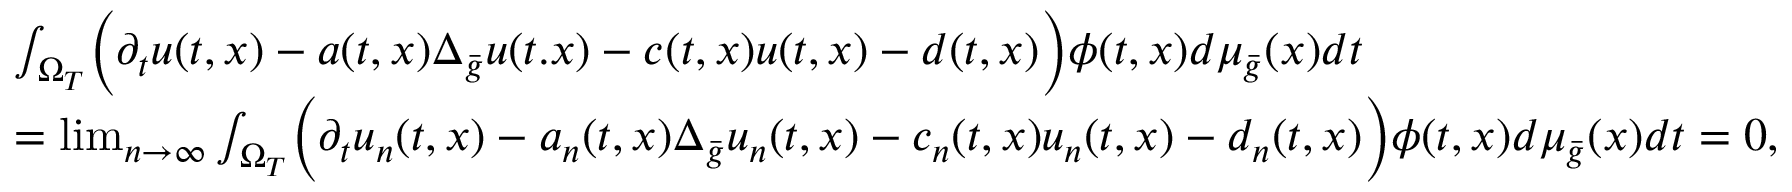
\begin{array} { r l } & { \int _ { \Omega _ { T } } \Bigl ( \partial _ { t } u ( t , x ) - a ( t , x ) \Delta _ { \bar { g } } u ( t . x ) - c ( t , x ) u ( t , x ) - d ( t , x ) \Bigr ) \phi ( t , x ) d \mu _ { \bar { g } } ( x ) d t } \\ & { = \operatorname* { l i m } _ { n \to \infty } \int _ { \Omega _ { T } } \Bigl ( \partial _ { t } u _ { n } ( t , x ) - a _ { n } ( t , x ) \Delta _ { \bar { g } } u _ { n } ( t , x ) - c _ { n } ( t , x ) u _ { n } ( t , x ) - d _ { n } ( t , x ) \Bigr ) \phi ( t , x ) d \mu _ { \bar { g } } ( x ) d t = 0 , } \end{array}